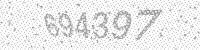
Solution: 694397